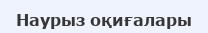
Наурыз оқиғалары